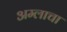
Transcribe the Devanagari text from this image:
अम्‍लाचा